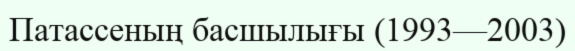
Патассеның басшылығы (1993—2003)